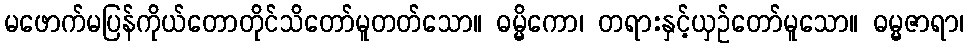
မဖောက်မပြန်ကိုယ်တောတိုင်သိတော်မူတတ်သော။ ဓမ္မိကော၊ တရားနှင့်ယှဉ်တော်မူသော။ ဓမ္မဇာရာ၊